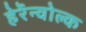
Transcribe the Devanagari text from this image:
हेर्रेन्वोल्क